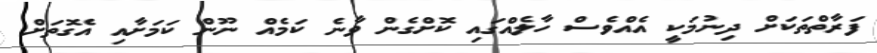
ފަރާތްތަކަށް ދިނުމަކީ އެއްވެސް ހާލެއްގައި ކޮށްގެން ވާނެ ކަމެއް ނޫން ކަމަށާއި އެގޮތަށް